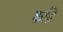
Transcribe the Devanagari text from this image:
क़द्रि